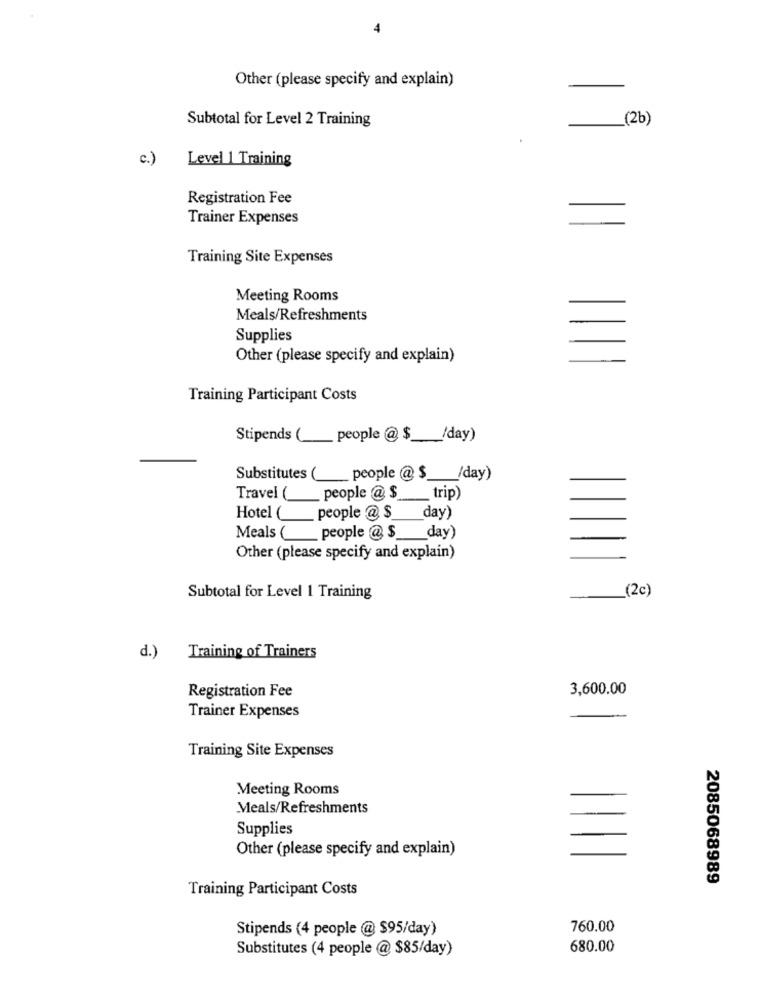
Other (please specify and explain)
Subtotal for Level 2 Training
(2b)
c.)
Level 1 Training
Registration Fee
Trainer Expenses
Training Site Expenses
Meeting Rooms
Meals/Refreshments
Supplies
Other (please specify and explain)
Training Participant Costs
Stipends ( people @$ /day)
Substitutes ( people @$ /day)
Travel ( __ people @ $ ___ trip)
Hotel ( people @$_
day)
Meals ( people @$ __ day)
Other (please specify and explain)
(2c)
Subtotal for Level 1 Training
-
d.)
Training of Trainers
3,600.00
Registration Fee
Trainer Expenses
Training Site Expenses
Meeting Rooms
Meals/Refreshments
Supplies
Other (please specify and explain)
2085068989
Training Participant Costs
Stipends (4 people @ $95/day)
760.00
Substitutes (4 people @ $85/day)
680.00